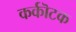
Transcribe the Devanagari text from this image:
कर्कॊटक